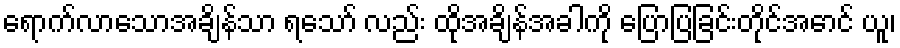
ရောက်လာသောအချိန်သာ ရသော် လည်း ထိုအချိန်အခါကို ပြောပြခြင်းတိုင်အောင် ယူ၊